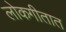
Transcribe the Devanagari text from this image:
लोकगीतात